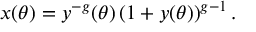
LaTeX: x ( \theta ) = y ^ { - g } ( \theta ) \, ( 1 + y ( \theta ) ) ^ { g - 1 } \, .